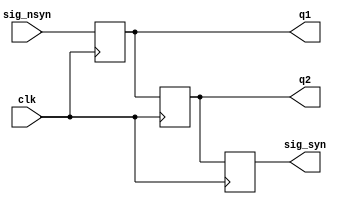
module pipe3b(
    input sig_nsyn,
    input clk,
    output q1,
    output q2,
    output sig_syn
      );
    reg q1;
    reg q2;
    reg sig_syn;
   always@(posedge clk) q2=q1;
   always@(posedge clk) sig_syn=q2;
   always@(posedge clk) q1=sig_nsyn;     
endmodule